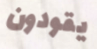
يقودون